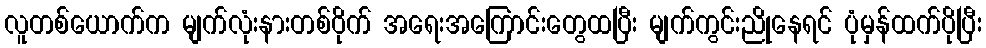
လူတစ်ယောက်က မျက်လုံးနားတစ်ဝိုက် အရေးအကြောင်းတွေထပြီး မျက်ကွင်းညိုနေရင် ပုံမှန်ထက်ပိုပြီး